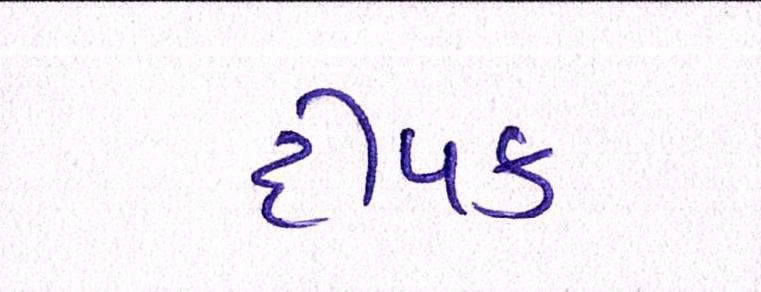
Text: દીપક